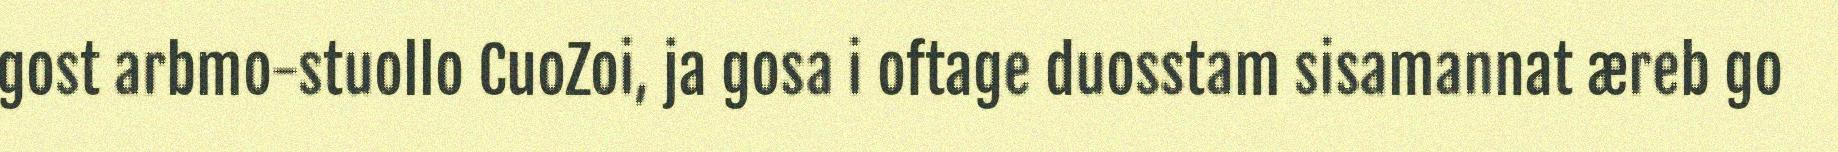
gost arbmo-stuollo CuoZoi, ja gosa i oftage duosstam sisamannat æreb go